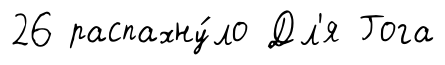
26 распахну́ло Дл'я Гога